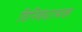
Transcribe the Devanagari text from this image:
विनिबंधात्मक